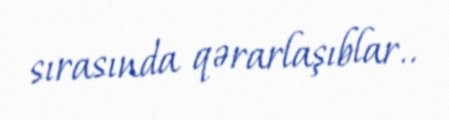
sırasında qərarlaşıblar..